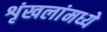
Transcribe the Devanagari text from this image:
शृंखलांमध्ये